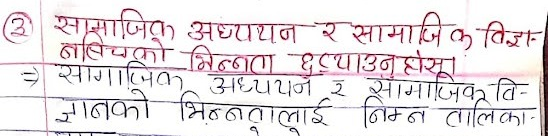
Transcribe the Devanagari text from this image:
सामाजिक अध्ययन र सामाजिक विषयको भिन्नता छुटाउनुहोस्।
सामाजिक अध्ययन र सामाजिक विज्ञानको भिन्नतालाई निम्न तालिका